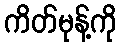
ကိတ်မုန့်ကို